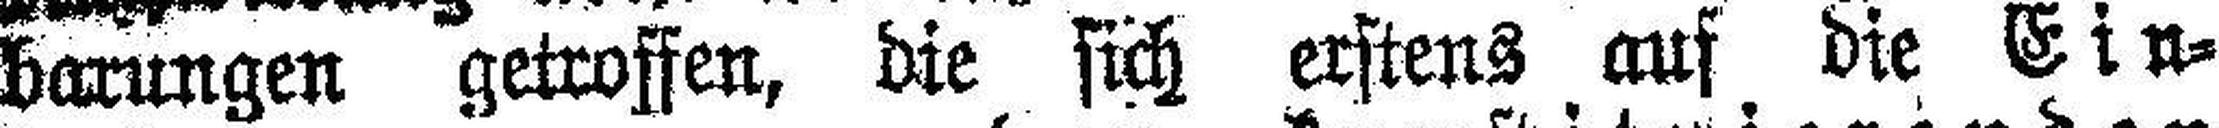
barungen getroffen, die sich erstens auf die Ein¬